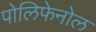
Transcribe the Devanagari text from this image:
पोलिफेनोल